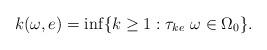
LaTeX: \begin{align*}k(\omega,e)=\inf\{k\geq 1: \tau_{ke}\,\,\omega\in\Omega_0\}.\end{align*}